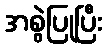
အစွဲပြုပြီး